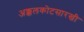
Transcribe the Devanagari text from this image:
अक्कलकोटसारखी